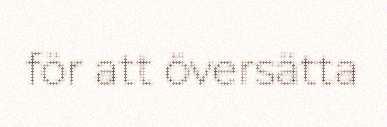
för att översätta